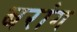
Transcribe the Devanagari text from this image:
बरांग